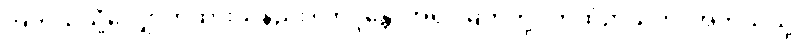
အဘယ်သို့လျှောက်ထားသနည်း။ ဘဒ္ဒန္တေ၊ အရှင်မြတ်တို့။ ကထံဉာယတိ၊ အဘယ်သို့